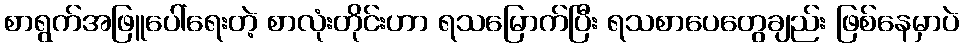
စာရွက်အဖြူပေါ်ရေးတဲ့ စာလုံးတိုင်းဟာ ရသမြောက်ပြီး ရသစာပေတွေချည်း ဖြစ်နေမှာပဲ